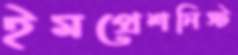
ইমপ্রেশনিস্ট